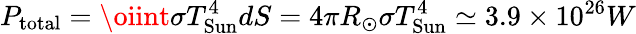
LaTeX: P_{\mathrm{total}}=\oiint\sigma T_{\mathrm{Sun}}^{4}dS=4\pi R_{\odot}\sigma T_{\mathrm{Sun}}^{4}\simeq 3.9\times 10^{26}W